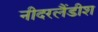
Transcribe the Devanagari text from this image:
नीदरलैंडीश